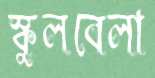
স্কুলবেলা